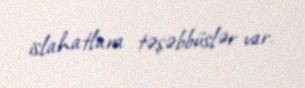
islahatlara təşəbbüslər var.